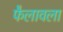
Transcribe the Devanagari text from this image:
फैलावला